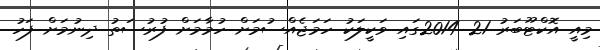
މިއީ އޮކްޓޫބަރު 21 2014ގައި ވަކީލަކު ހަމަޖެއްސުމަށް ހުމާމަށް ފުރުސަތު ދިނުމަށް ފަހު